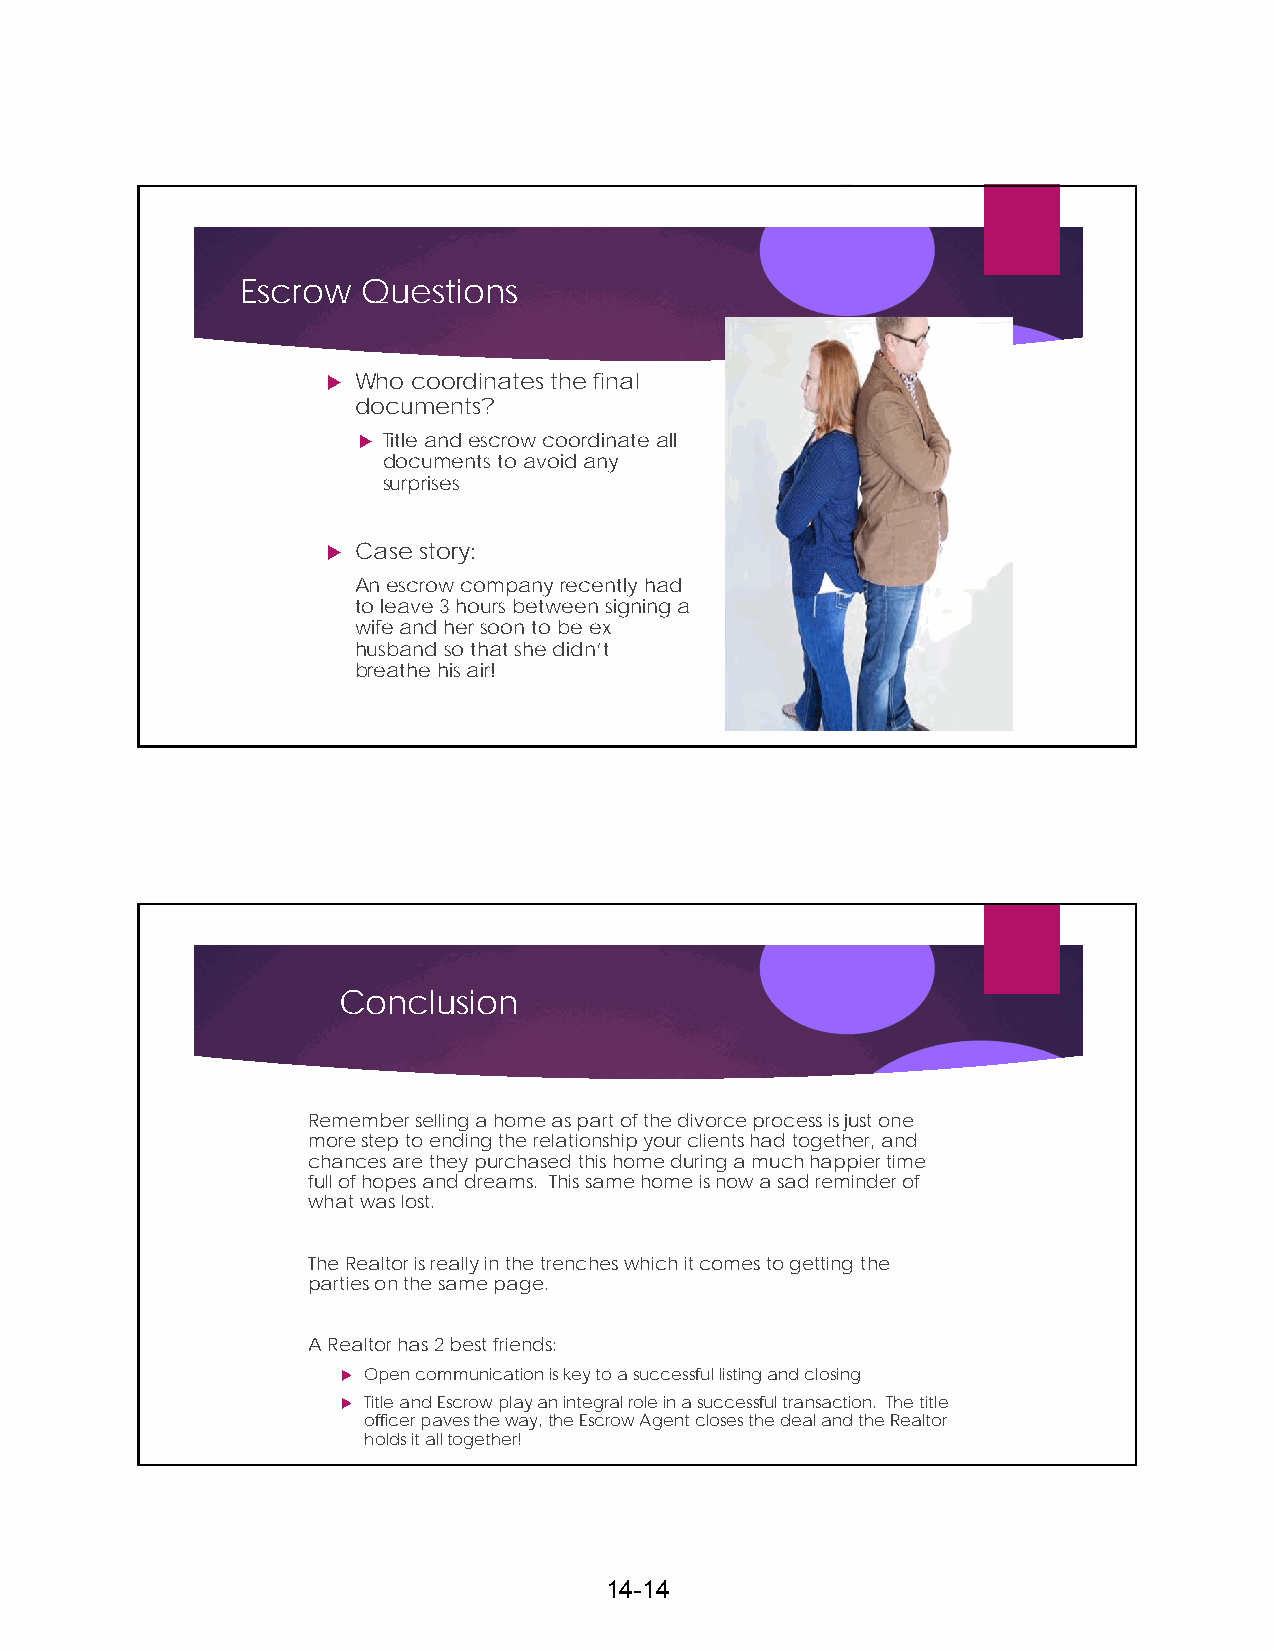
Escrow  Questions
  Who coordinates the final
 documents?
  Title and escrow coordinate all
 documents to avoid any
 surprises
  Case story:
 An escrow company recently had
 to leave 3 hours between signing a
 wife and her soon to be ex
 husband so that she didn’t
 breathe his air!
 Conclusion
 Remember selling a home as part of the divorce process is just one
 more step to ending the relationship your clients had together, and
 chances are they purchased this home during a much happier time
 full of hopes and dreams. This same home is now a sad reminder of
 what was lost.
 The Realtor is really in the trenches which it comes to getting the
 parties on the same page.
 A Realtor has 2 best friends:
  Open communication is key to a successful listing and closing
  Title and Escrow play an integral role in a successful transaction. The title
 officer paves the way, the Escrow Agent closes the deal and the Realtor
 holds it all together!
 14-14